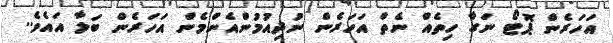
އަހަރެން ޕޮޓޯ ނަގާ ހިތެއް ނެތް އަހަރެން ނުދިއުމުންއެންމެން އަހަރެން ބަލާ އައެވެ..